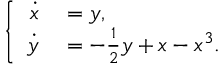
\left\{ \begin{array} { r l } { \dot { x } } & { { } = y , } \\ { \dot { y } } & { { } = - \frac { 1 } { 2 } y + x - x ^ { 3 } . } \end{array} \right.